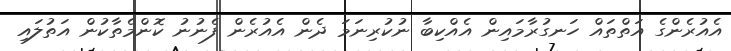
އެއުރެންގެ އަތްތައް ހަނގުރާމައިން އެއްކިބާ ނުކުރިނަމަ ދެން އެއުރެން ފެނުނު ކޮންމެތާކުން އަތުލައި